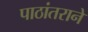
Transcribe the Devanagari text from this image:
पाठांतराने